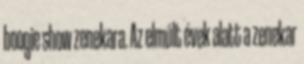
boogie show zenekara. Az elmúlt évek alatt a zenekar